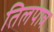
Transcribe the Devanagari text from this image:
तिलपात्र